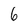
Character: 6